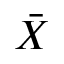
\Bar { X }